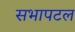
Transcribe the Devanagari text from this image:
सभापटल